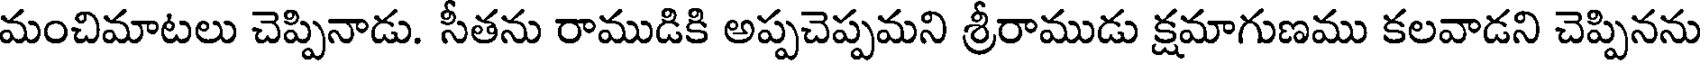
మంచిమాటలు చెప్పినాడు. సీతను రాముడికి అప్పచెప్పమని శ్రీరాముడు క్షమాగుణము కలవాడని చెప్పినను